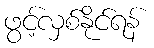
ဖွင့်လှစ်နိုင်ရန်